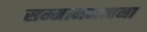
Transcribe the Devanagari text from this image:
सम्मानभावना